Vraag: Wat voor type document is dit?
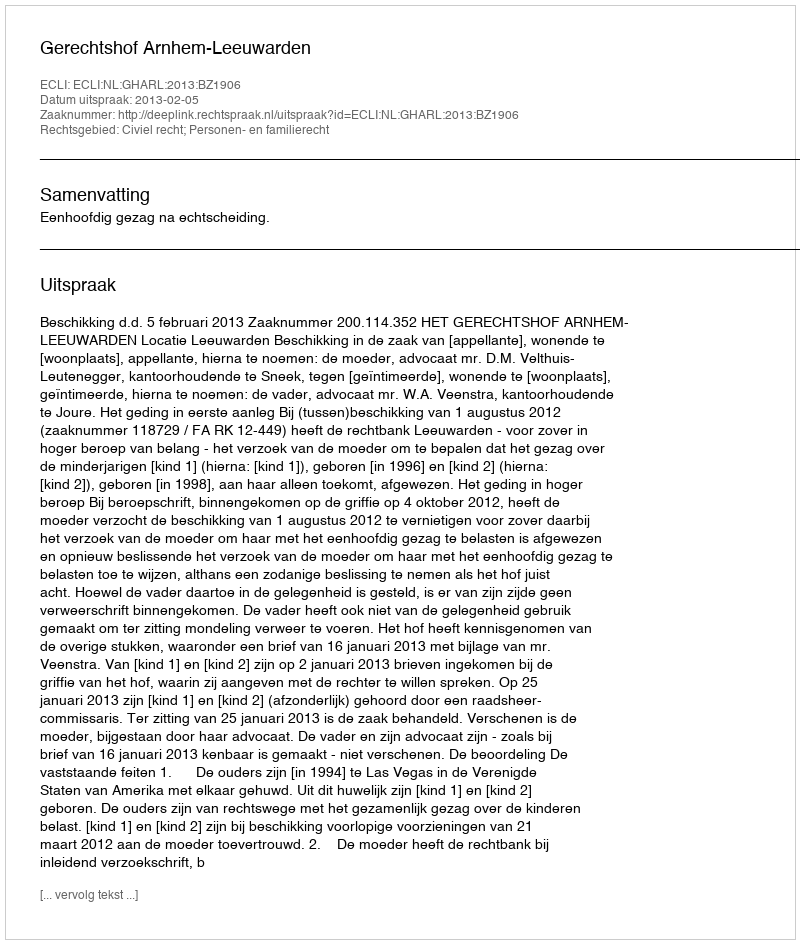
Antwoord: Uitspraak